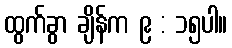
ထွက်ခွာ ချိန်က ၉ : ၁၅ပါ။